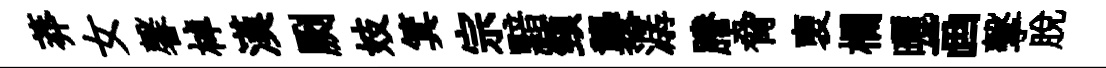
莽女馨棹漢劂妓箕宗黯頸襲潺謄脅褏欄曬画擊脱